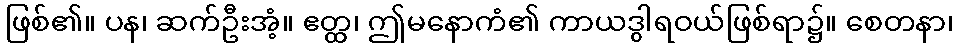
ဖြစ်၏။ ပန၊ ဆက်ဦးအံ့။ ဧတ္ထ၊ ဤမနောကံ၏ ကာယဒွါရဝယ်ဖြစ်ရာ၌။ စေတနာ၊